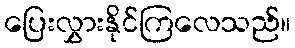
ပြေးလွှားနိုင်ကြလေသည်။